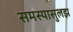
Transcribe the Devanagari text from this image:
समस्यासुलझ